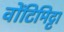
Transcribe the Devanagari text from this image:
वोंटिमिट्टा